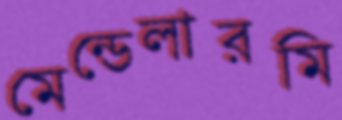
মেন্ডেলারমি